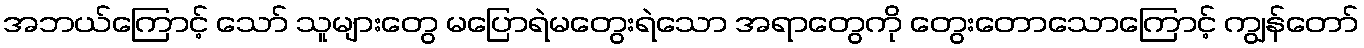
အဘယ်ကြောင့် သော် သူများတွေ မပြောရဲမတွေးရဲသော အရာတွေကို တွေးတောသောကြောင့် ကျွန်တော်